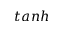
t a n h